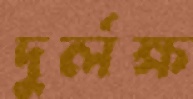
দুর্লক্ষ